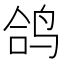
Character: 鸽